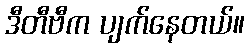
ဒီတီဗီက ပျက်နေတယ်။